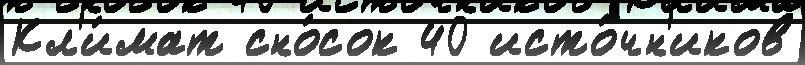
Кл'и́мат сно́сок 40 исто́чн'иков